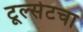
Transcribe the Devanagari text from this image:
टूल्सेटचा